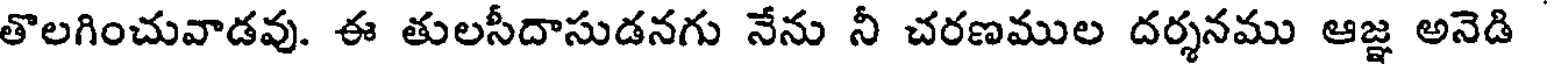
తొలగించువాడవు. ఈ తులసీదాసుడనగు నేను నీ చరణముల దర్శనము ఆజ్ఞ అనెడి